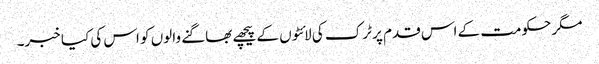
مگر حکومت کے اس قدم پر ٹرک کی لائٹوں کے پیچھے بھاگنے والوں کو اس کی کیا خبر۔